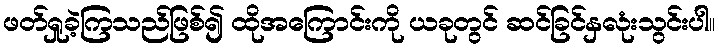
ဖတ်ရှုခဲ့ကြသည်ဖြစ်၍ ထိုအကြောင်းကို ယခုတွင် ဆင်ခြင်နှလုံးသွင်းပါ။